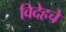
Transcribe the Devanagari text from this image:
विदेहचे